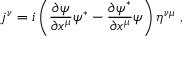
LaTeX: j ^ { \nu } = i \left( { \frac { \partial \psi } { \partial x ^ { \mu } } } \psi ^ { * } - { \frac { \partial \psi ^ { * } } { \partial x ^ { \mu } } } \psi \right) \eta ^ { \nu \mu } ~ ,